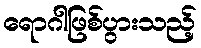
ရောဂါဖြစ်ပွားသည့်